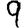
Digit: 9